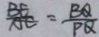
\frac { B E } { A E } = \frac { B Q } { P Q }